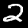
Label: 2